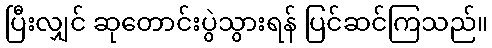
ပြီးလျှင် ဆုတောင်းပွဲသွားရန် ပြင်ဆင်ကြသည်။